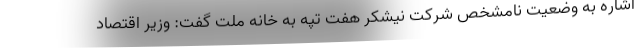
اشاره به وضعیت نامشخص شرکت نیشکر هفت تپه به خانه ملت گفت: وزیر اقتصاد